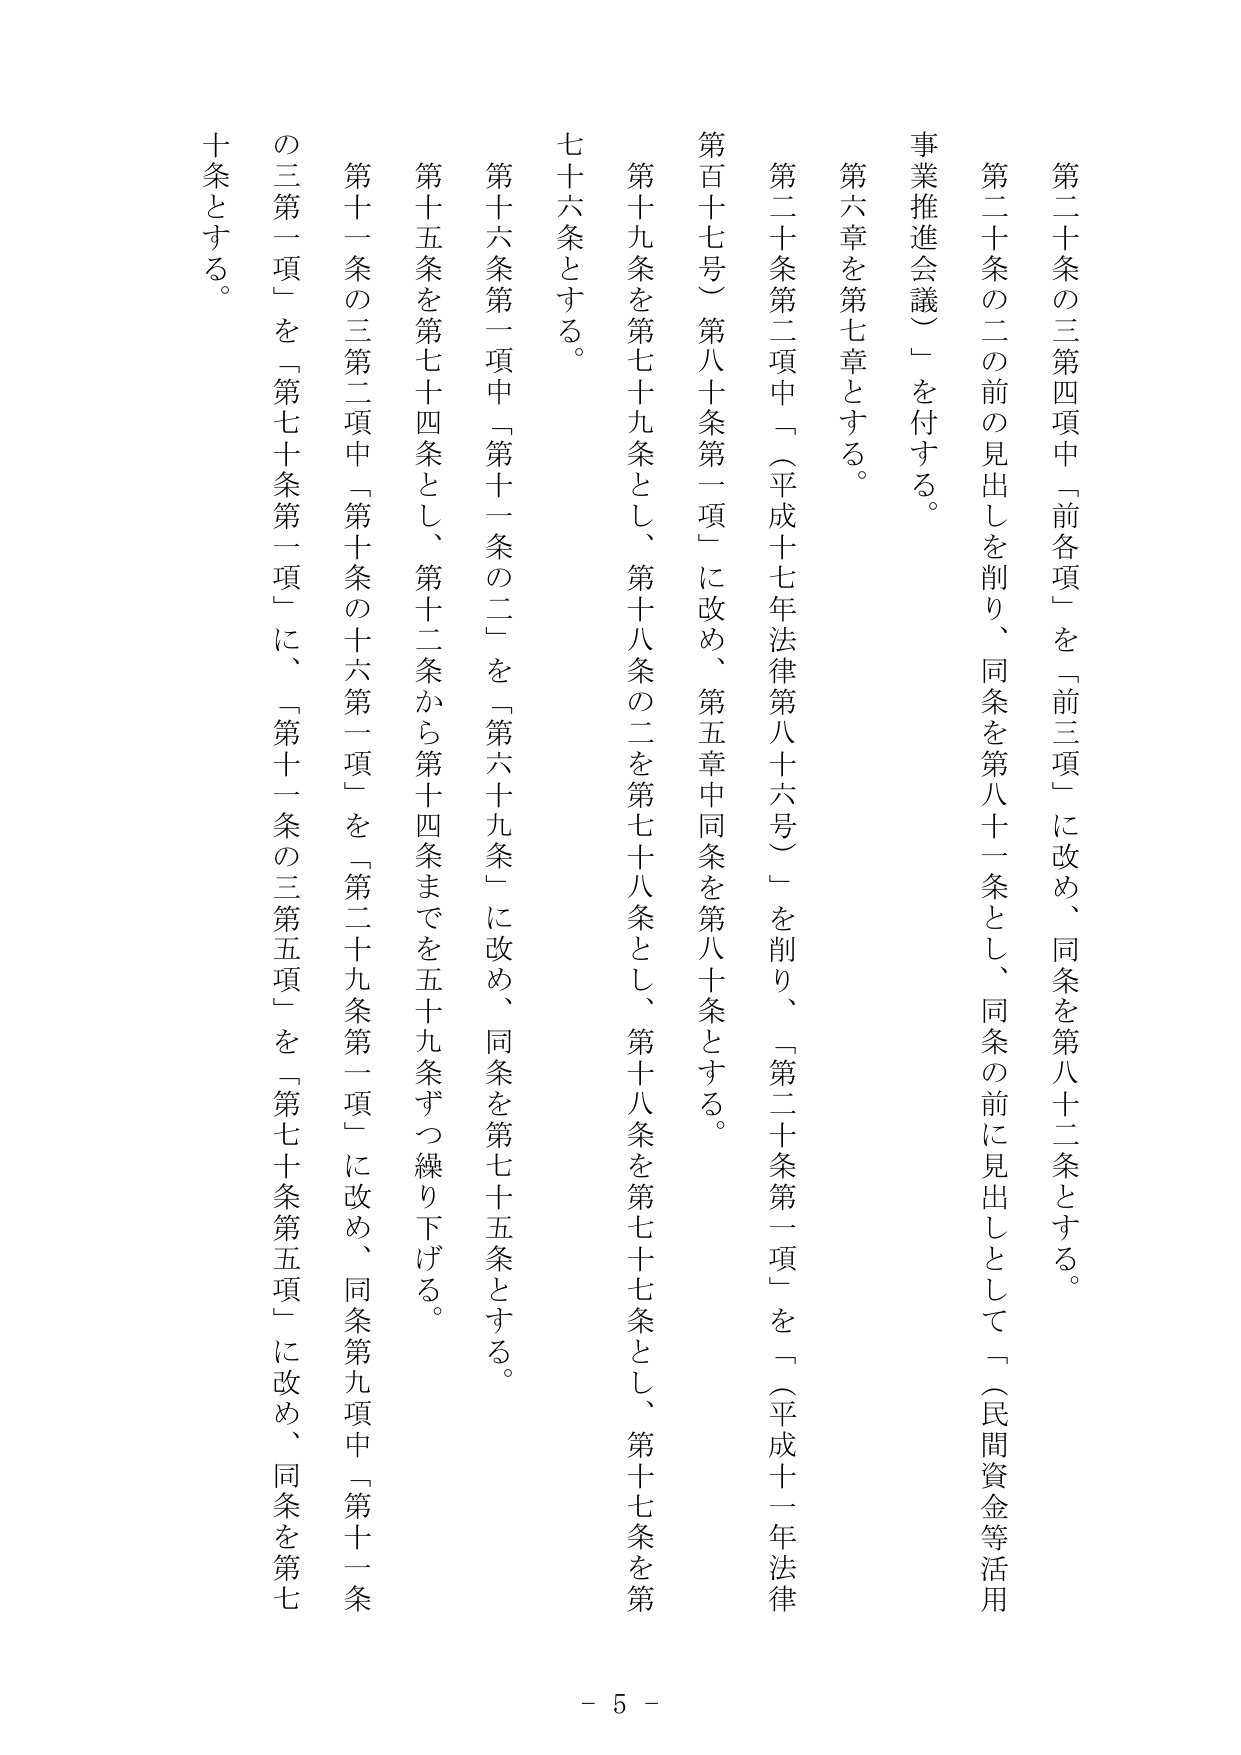
第二十条の三第四項中「前各項」を「前三項」に改め、同条を第八十二条とする。

第二十条の二の前の見出しを削り、同条を第八十一条とし、同条の前に見出しとして「（民間資金等活用事業推進会議）」を付する。

第六章を第七章とする。

第二十条第二項中「（平成十七年法律第八十六号）」を削り、「第二十条第一項」を「（平成十一年法律第百十七号）第八十条第一項」に改め、第五章中同条を第八十条とする。

第十九条を第七十九条とし、第十八条の二を第七十八条とし、第十八条を第七十七条とし、第十七条を第七十六条とする。

第十六条第一項中「第十一条の二」を「第六十九条」に改め、同条を第七十五条とする。

第十五条を第七十四条とし、第十二条から第十四条までを五十九条ずつ繰り下げる。

第十一条の三第二項中「第十条の十六第一項」を「第二十九条第一項」に改め、同条第九項中「第十一条の三第一項」を「第七十条第一項」に、「第十一条の三第五項」を「第七十条第五項」に改め、同条を第七十条とする。

- 5 -